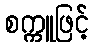
စက္ကူဖြင့်